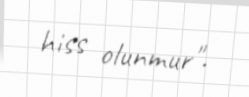
hiss olunmur".